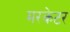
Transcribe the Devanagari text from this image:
मरकेटर